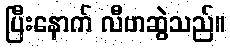
ပြီးနောက် လီဗာဆွဲသည်။